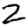
Digit: 2